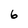
Character: 6